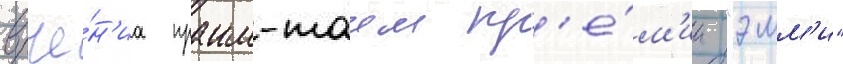
вруче́н'иа праим-таим пр'е́м'ии "эмм'и"